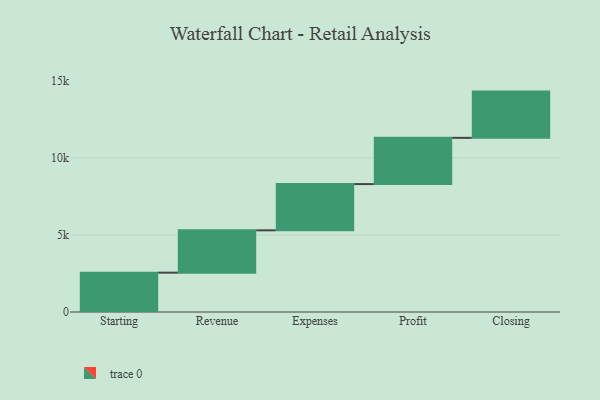
{"axis": {"x": "Step", "y": "Value"}, "legend": [""], "data": [{"x": "Starting", "y": 2552.0, "type": ""}, {"x": "Revenue", "y": 2746.0, "type": ""}, {"x": "Expenses", "y": 3000, "type": ""}, {"x": "Profit", "y": 3000, "type": ""}, {"x": "Closing", "y": 3000, "type": ""}]}